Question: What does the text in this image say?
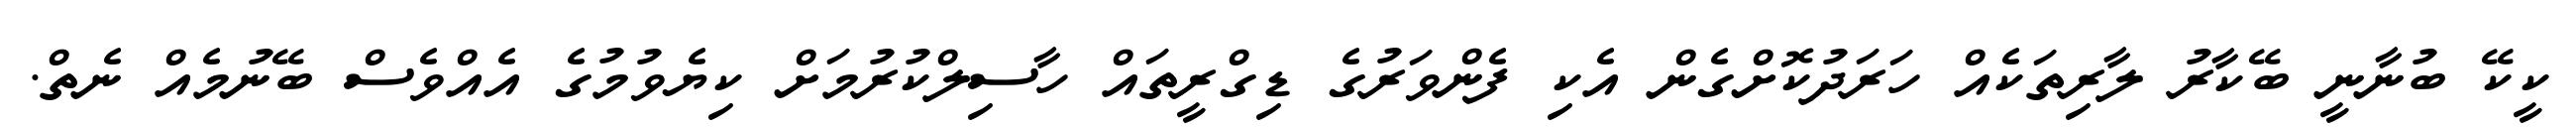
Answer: ކީކޭ ބުނާނީ ބޭކާރު ލާރިތަކެއް ހަރަދުކޮށްގެން އެކި ފެންވަރުގެ ޑިގްރީތައް ހާސިލްކުރުމަށް ކިޔެވުމުގެ އެއްވެސް ބޭނުމެއް ނެތް.